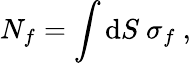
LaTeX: N_{f}=\int\mathrm{d}S~\sigma_{f}~,